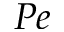
P e